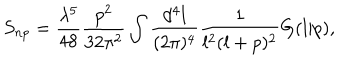
S _ { n p } = \frac { \lambda ^ { 5 } } { 4 8 } \frac { p ^ { 2 } } { 3 2 \pi ^ { 2 } } \int \frac { d ^ { 4 } l } { ( 2 \pi ) ^ { 4 } } \frac { 1 } { l ^ { 2 } ( l + p ) ^ { 2 } } G ( l | p ) ,